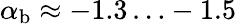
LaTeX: \alpha_{\mathrm{b}}\approx-1.3\ldots-1.5